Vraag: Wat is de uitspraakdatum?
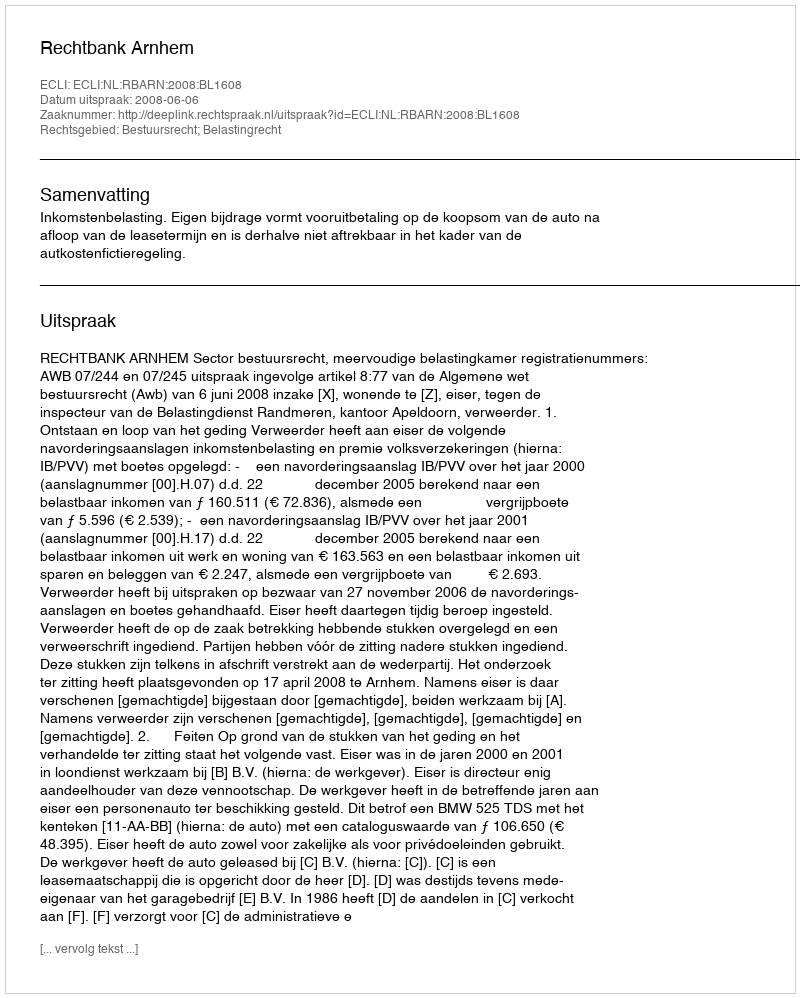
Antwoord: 2008-06-06